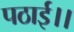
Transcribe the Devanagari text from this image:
पठाई।।